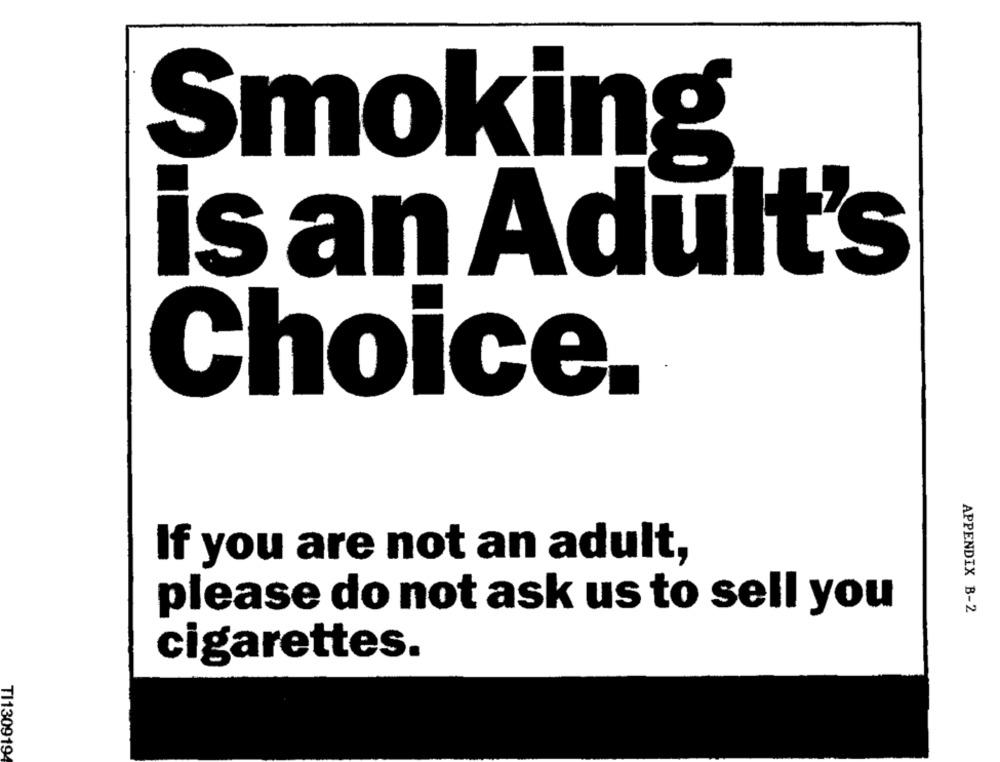
Smoking
is an Adult's
Choice.
If you are not an adult,
APPENDIX B-2
please do not ask us to sell you
cigarettes.
TI130919